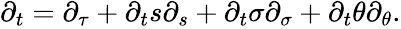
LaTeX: \begin{array}{r}{\partial_{t}=\partial_{\tau}+\partial_{t}s\partial_{s}+\partial_{t}\sigma\partial_{\sigma}+\partial_{t}\theta\partial_{\theta}.}\end{array}